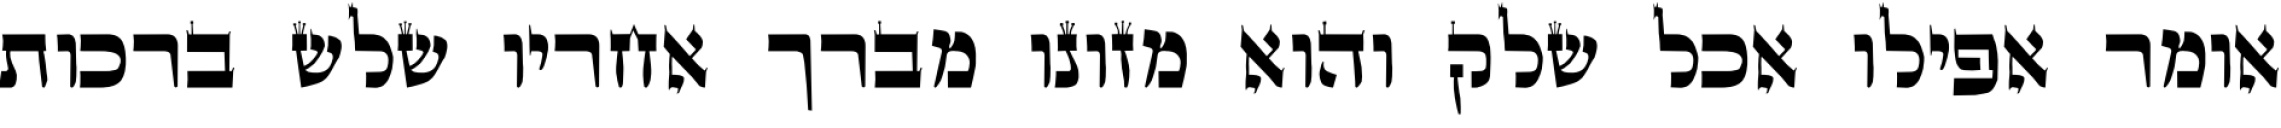
אומר אפילו אכל שלק והוא מזונו מברך אחריו שלש ברכות